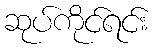
ဆုပ်ကိုင်ရင်း